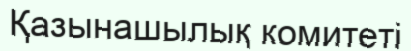
Қазынашылық комитеті